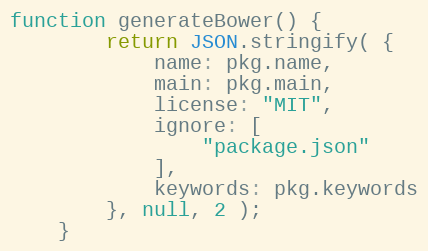
Language: JavaScript
function generateBower() {
		return JSON.stringify( {
			name: pkg.name,
			main: pkg.main,
			license: "MIT",
			ignore: [
				"package.json"
			],
			keywords: pkg.keywords
		}, null, 2 );
	}